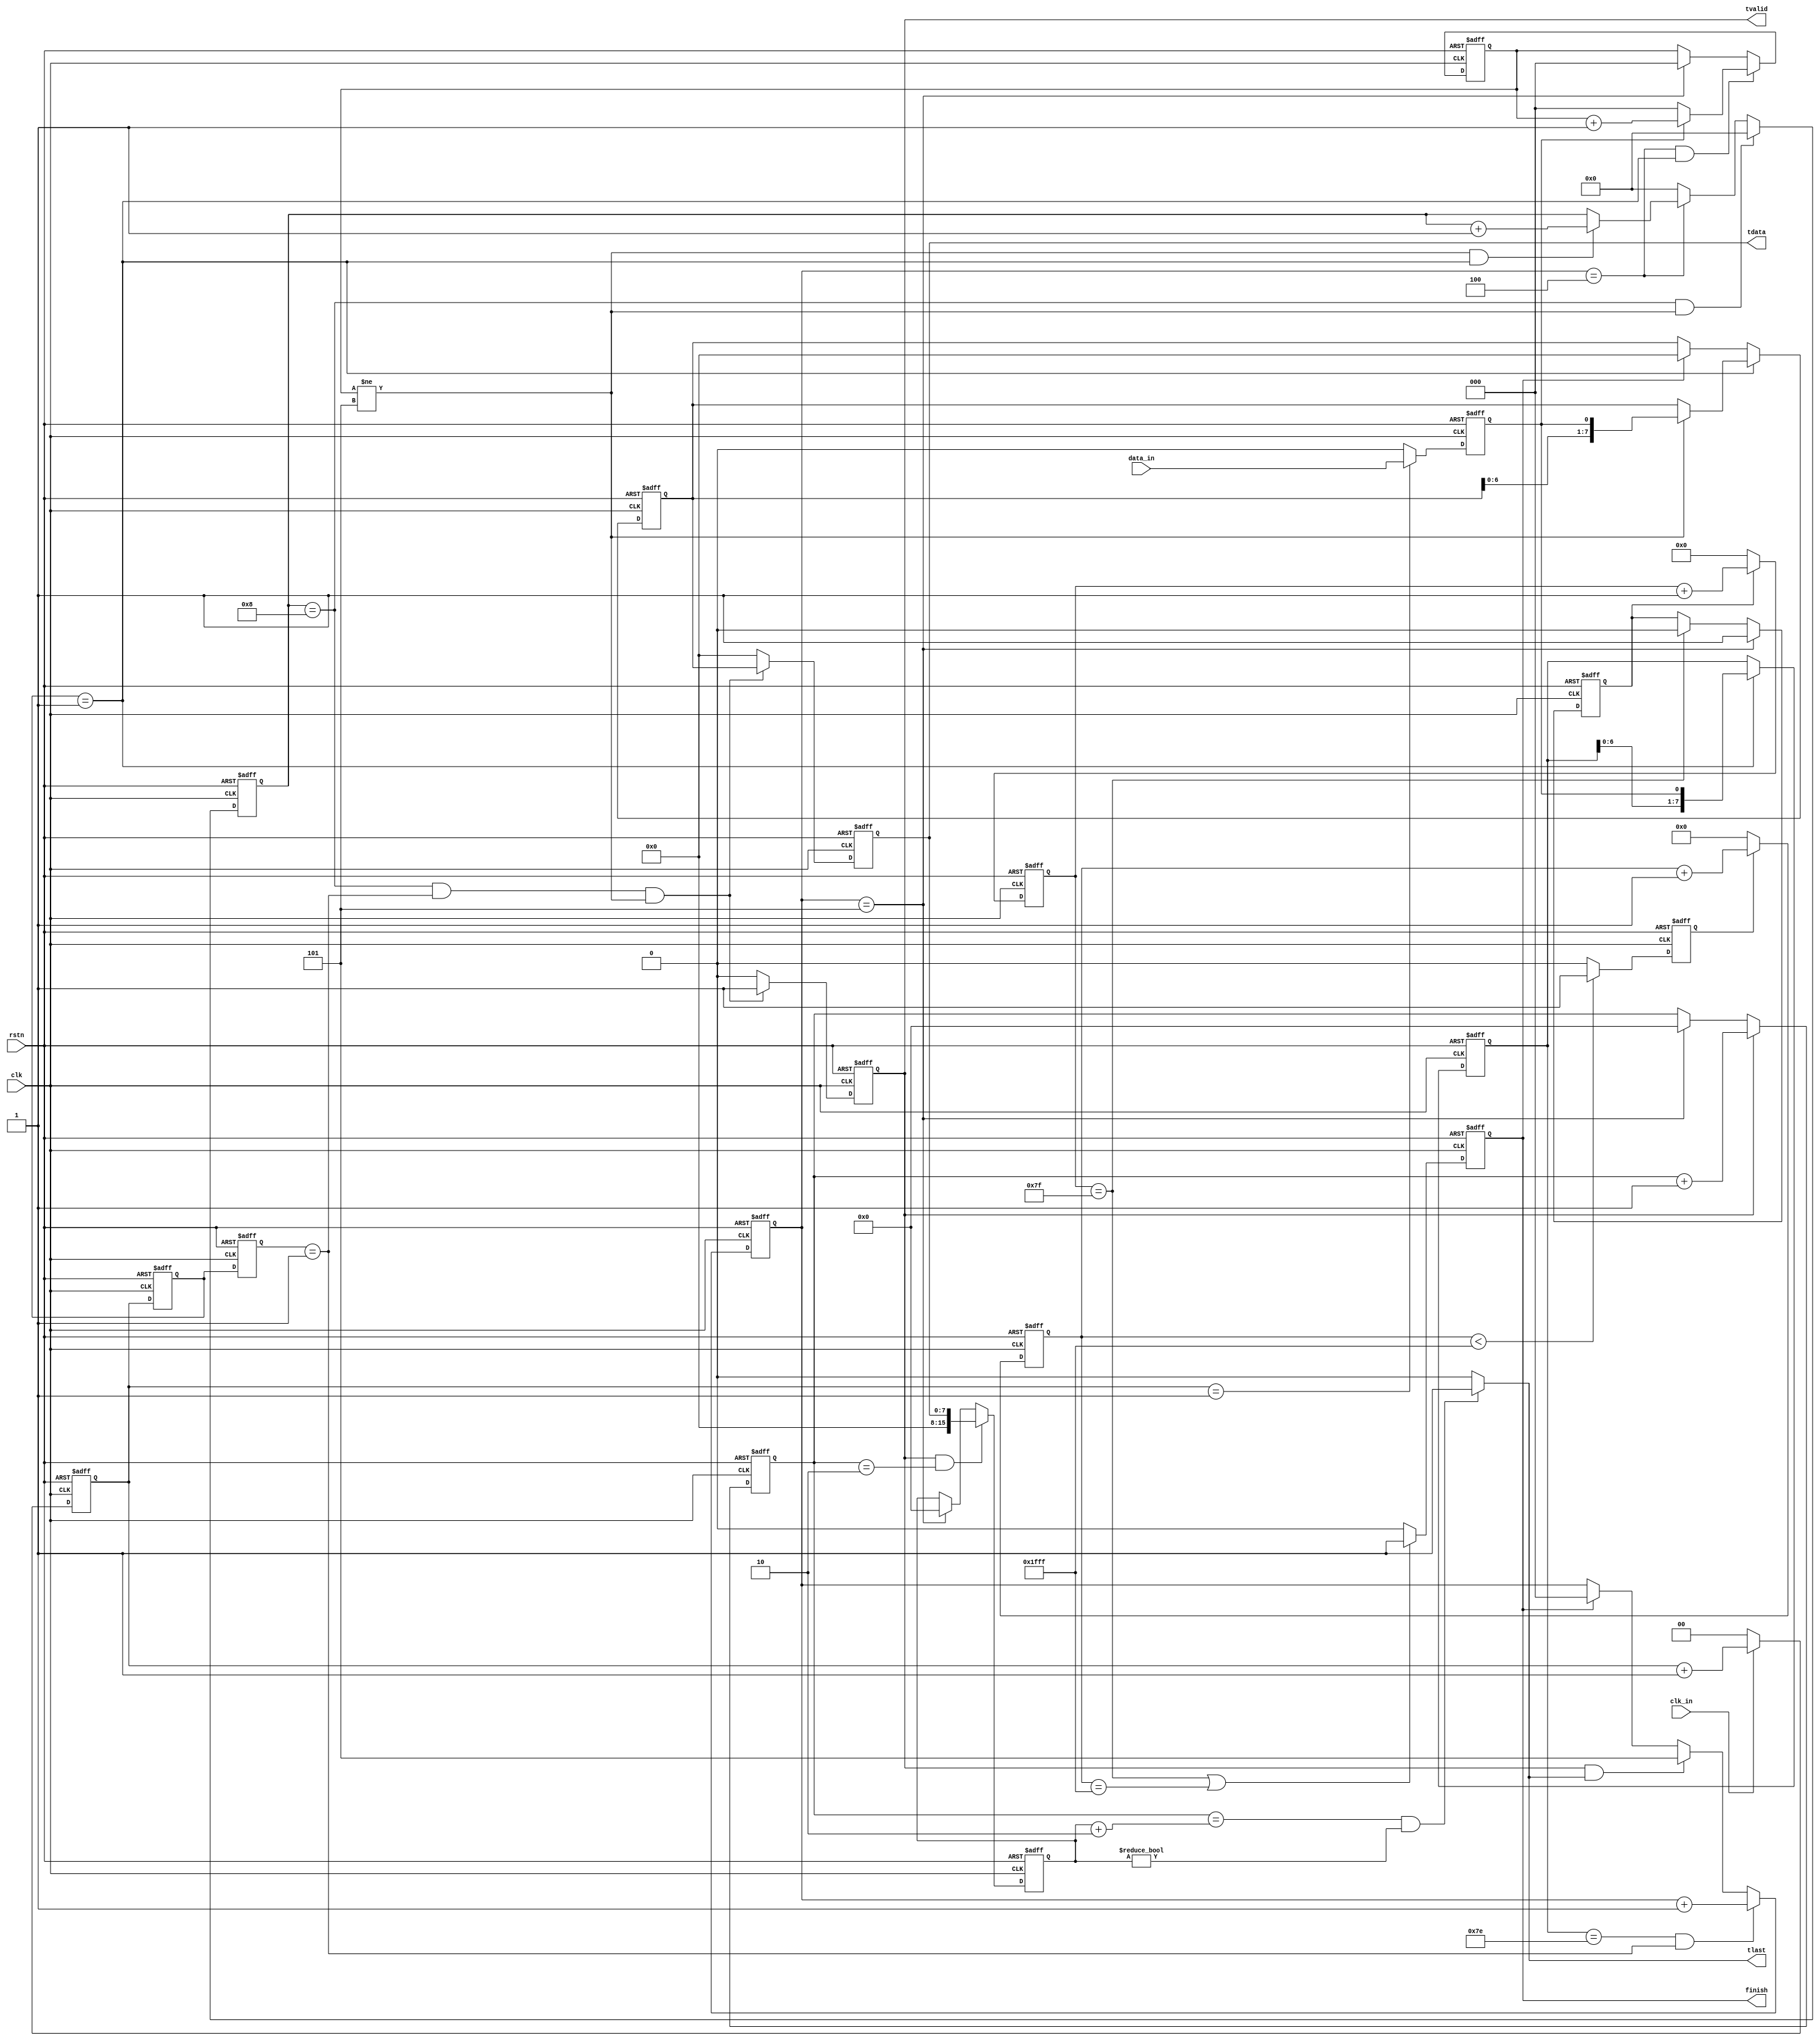
module hdlc_rx (
                clk,
				rstn,
				clk_in,
				data_in,
				tvalid,
				tlast,
				tdata,
				finish
				);

input         clk;
input         rstn;
input         clk_in;
input         data_in;
output        tvalid;
output        tlast;
output  [7:0] tdata;
output        finish;

parameter head = 8'h7e;

reg [1:0] clk_cnt;

always @(posedge clk or negedge rstn)
begin
     if (!rstn)
	    clk_cnt <= 2'b0;
	 else if (clk_in == 1'b1)
	    clk_cnt <= clk_cnt + 1'b1;
	 else
	    clk_cnt <= 2'b0;
end

reg [1:0] clk_cnt_dly1;
reg [1:0] clk_cnt_dly2;
//reg [1:0] clk_cnt_dly3;

always @(posedge clk or negedge rstn)
begin
     if (!rstn)
	    begin
		clk_cnt_dly1 <= 2'b0;
		clk_cnt_dly2 <= 2'b0;
		//clk_cnt_dly3 <= 2'b0;
		end
	 else
	    begin
		clk_cnt_dly1 <= clk_cnt;
		clk_cnt_dly2 <= clk_cnt_dly1;
		//clk_cnt_dly3 <= clk_cnt_dly2;
		end
end

reg data_sample;

always @(posedge clk or negedge rstn)
begin
     if (!rstn)
	    data_sample <= 1'b0;
	 else if (clk_cnt == 2'd1)
	    data_sample <= data_in;
	 else
	    data_sample <= 1'b0;
end

reg [7:0] head_reg;

always @(posedge clk or negedge rstn)
begin
     if (!rstn)
	    head_reg <= 8'd0;
	 else if (clk_cnt_dly1 == 2'd1)
	    head_reg <= {head_reg[6:0],data_sample};
end

reg [2:0] head_cnt;

always @(posedge clk or negedge rstn)
begin
     if (!rstn)
	    head_cnt <= 3'd0;
	 else if (head_reg == head && clk_cnt_dly2 == 2'd1)
	    head_cnt <= head_cnt + 1'b1;
	 else if (tvalid == 1'b1 && tlast == 1'b1)
        head_cnt <= 3'd5;
	 else if (finish == 1'b1)
	    head_cnt <= 3'd0;
end

reg wait_cnt_en1;
reg [6:0] wait_cnt1;

always @(posedge clk or negedge rstn)
begin
     if (!rstn)
	    wait_cnt_en1 <=1'b0;
	 else if (head_cnt == 3'd5)
	    wait_cnt_en1 <= 1'b1;
	 else if (wait_cnt1 == 7'd127)
	    wait_cnt_en1 <= 1'b0;
end

always @(posedge clk or negedge rstn)
begin
     if (!rstn)
	    wait_cnt1 <= 7'd0;
	 else if (wait_cnt_en1 == 1'b1)
	    wait_cnt1 <= wait_cnt1 + 1'b1;
	 else
	    wait_cnt1 <= 7'd0;
end

reg wait_cnt_en2;
reg [12:0] wait_cnt2;

always @(posedge clk or negedge rstn)
begin
     if (!rstn)
	    wait_cnt_en2 <=1'b0;
	 else if (wait_cnt2 < 13'h1fff)
	    wait_cnt_en2 <= 1'b1;
	 else
	    wait_cnt_en2 <= 1'b0;
end

always @(posedge clk or negedge rstn)
begin
     if (!rstn)
	    wait_cnt2 <= 13'd0;
	 else if (wait_cnt_en2 == 1'b1)
	    wait_cnt2 <= wait_cnt2 + 1'b1;
	 else
	    wait_cnt2 <= 13'd0;
end

reg finish;

always @(posedge clk or negedge rstn)
begin
     if (!rstn)
	    finish <= 1'b0;
	 else if (wait_cnt1 == 7'd127||wait_cnt2 == 13'h1fff)
	    finish <= 1'b1;
	 else
	    finish <= 1'b0;
end

reg [2:0] ones_cnt;

always @(posedge clk or negedge rstn)
begin
     if (!rstn)
	    ones_cnt <= 3'd0;
	 else if (head_cnt == 3'd4 && clk_cnt_dly1 == 2'd1)
	    begin
		if (data_sample == 1'b1)
		ones_cnt <= ones_cnt + 1'b1;
		else
		ones_cnt <= 3'd0;
		end
	 else if (head_cnt == 3'd5)
	    ones_cnt <= 3'd0;
end

reg [7:0] data_reg;

always @(posedge clk or negedge rstn)
begin
     if (!rstn)
	    data_reg <= 8'd0;
	 else if (clk_cnt_dly1 == 2'd1)
	    begin
		if (ones_cnt != 3'd5)
		data_reg <= {data_reg[6:0],data_sample};
		end
	 else if (finish == 1'b1)
	    data_reg <= 8'd0;
end

reg [3:0] bit_cnt;

always @ (posedge clk or negedge rstn)
begin
     if (!rstn)
	    bit_cnt <= 4'd0;
	 else if (bit_cnt == 4'd8 && ones_cnt != 3'd5)
	    bit_cnt <= 4'd0;
	 else if (head_cnt == 3'd4)
	    begin
		if (ones_cnt != 3'd5 && clk_cnt_dly1 == 1'b1)
		bit_cnt <= bit_cnt + 1'b1;
		end
	 else
	    bit_cnt <= 4'd0;
end

reg [15:0] byte_cnt;

always @(posedge clk or negedge rstn)
begin
     if (!rstn)
	    byte_cnt <= 16'd0;
	 else if (tvalid == 1'b1)
	    byte_cnt <= byte_cnt + 1'b1;
	 else if (head_cnt == 3'd5)
	    byte_cnt <= 16'd0;
end

reg [15:0] byte_length;

always @(posedge clk or negedge rstn)
begin
     if (!rstn)
	    byte_length <= 16'd0;
	 //else if (tvalid == 1'b1 && byte_cnt == 16'd1)
	    //byte_length <= {tdata,8'd0};
	 else if (tvalid == 1'b1 && byte_cnt == 16'd2)
	    byte_length <= {8'd0,tdata};
	 else if (head_cnt == 3'd5)
	    byte_length <= 16'd0;
end

reg tvalid;

always @(posedge clk or negedge rstn)
begin
     if (!rstn)
	    tvalid <= 1'b0;
	 else if (bit_cnt == 4'd8 && clk_cnt_dly2 == 2'd1 && ones_cnt != 3'd5)
	    tvalid <= 1'b1;
	 else
	    tvalid <= 1'b0;
end

reg [7:0] tdata;

always @(posedge clk or negedge rstn)
begin
     if (!rstn)
	    tdata <= 32'd0;
	 else if (bit_cnt == 4'd8 && clk_cnt_dly2 == 1'b1 && ones_cnt != 3'd5)
	    tdata <= data_reg;
	 else
	    tdata <= 8'd0;
end

wire tlast;

//assign tlast = ((byte_cnt == (byte_length + 16'd2) && byte_length != 16'd0)|| finish == 1'b1)?1'b1:1'b0;
assign tlast = (byte_cnt == (byte_length + 16'd2) && byte_length != 16'd0)?1'b1:1'b0;
/* always @(posedge clk or negedge rstn)
begin
     if (!rstn)
	    tlast <= 1'b0;
	 else if (byte_cnt == (byte_length + 16'd2) && byte_length != 16'd0)
	    tlast <= 1'b1;
	 else
	    tlast <= 1'b0;
end */

endmodule